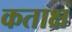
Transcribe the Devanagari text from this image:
कताक्षं